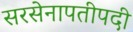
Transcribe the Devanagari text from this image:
सरसेनापतीपदी